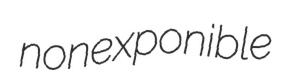
nonexponible